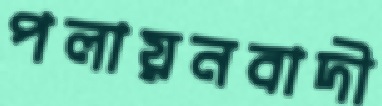
পলায়নবাদী